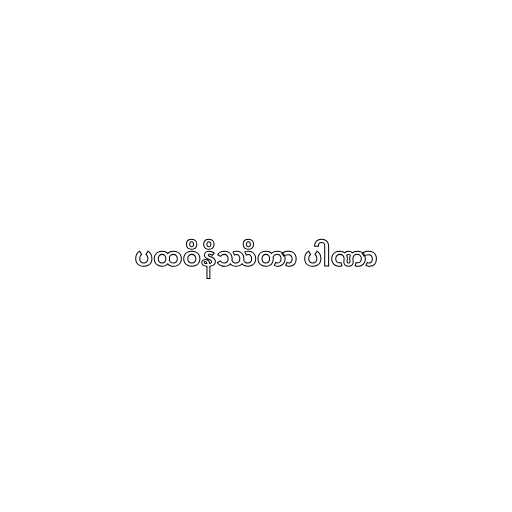
ပထဝိနိဿိတာ ပါဏာ